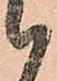
候